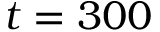
t = 3 0 0